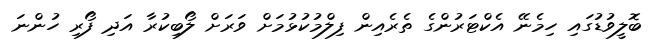
ބޮލީވުޑުގައި ހިމެނޭ އެކްޓަރުންގެ ތެރެއިން ފިލްމުކުޅުމަށް ވަރަށް ލޯބިކުރާ އަދި ފޯރި ހުންނަ